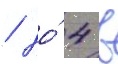
/ до́ 4 в